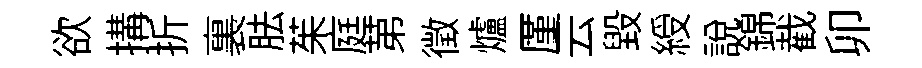
欲搆折裏胠茱庭苐徵爐厪云毀綬說錦截卯